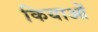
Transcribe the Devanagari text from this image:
कियाओं